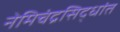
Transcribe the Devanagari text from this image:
नेमिचंद्रसिद्धांत